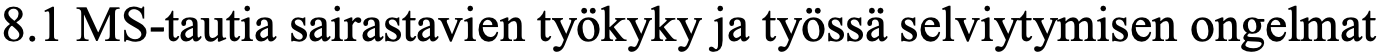
8.1 MS-tautia sairastavien työkyky ja työssä selviytymisen ongelmat